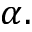
\alpha .